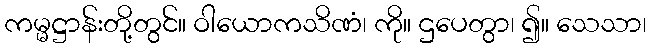
ကမ္မဋ္ဌာန်းတို့တွင်။ ဝါယောကသိဏံ၊ ကို။ ဌပေတွာ၊ ၍။ သေသာ၊